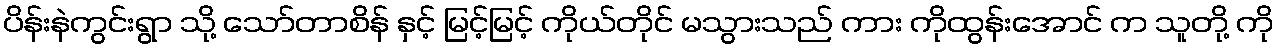
ပိန်းနဲကွင်းရွာ သို့ သော်တာစိန် နှင့် မြင့်မြင့် ကိုယ်တိုင် မသွားသည် ကား ကိုထွန်းအောင် က သူတို့ ကို